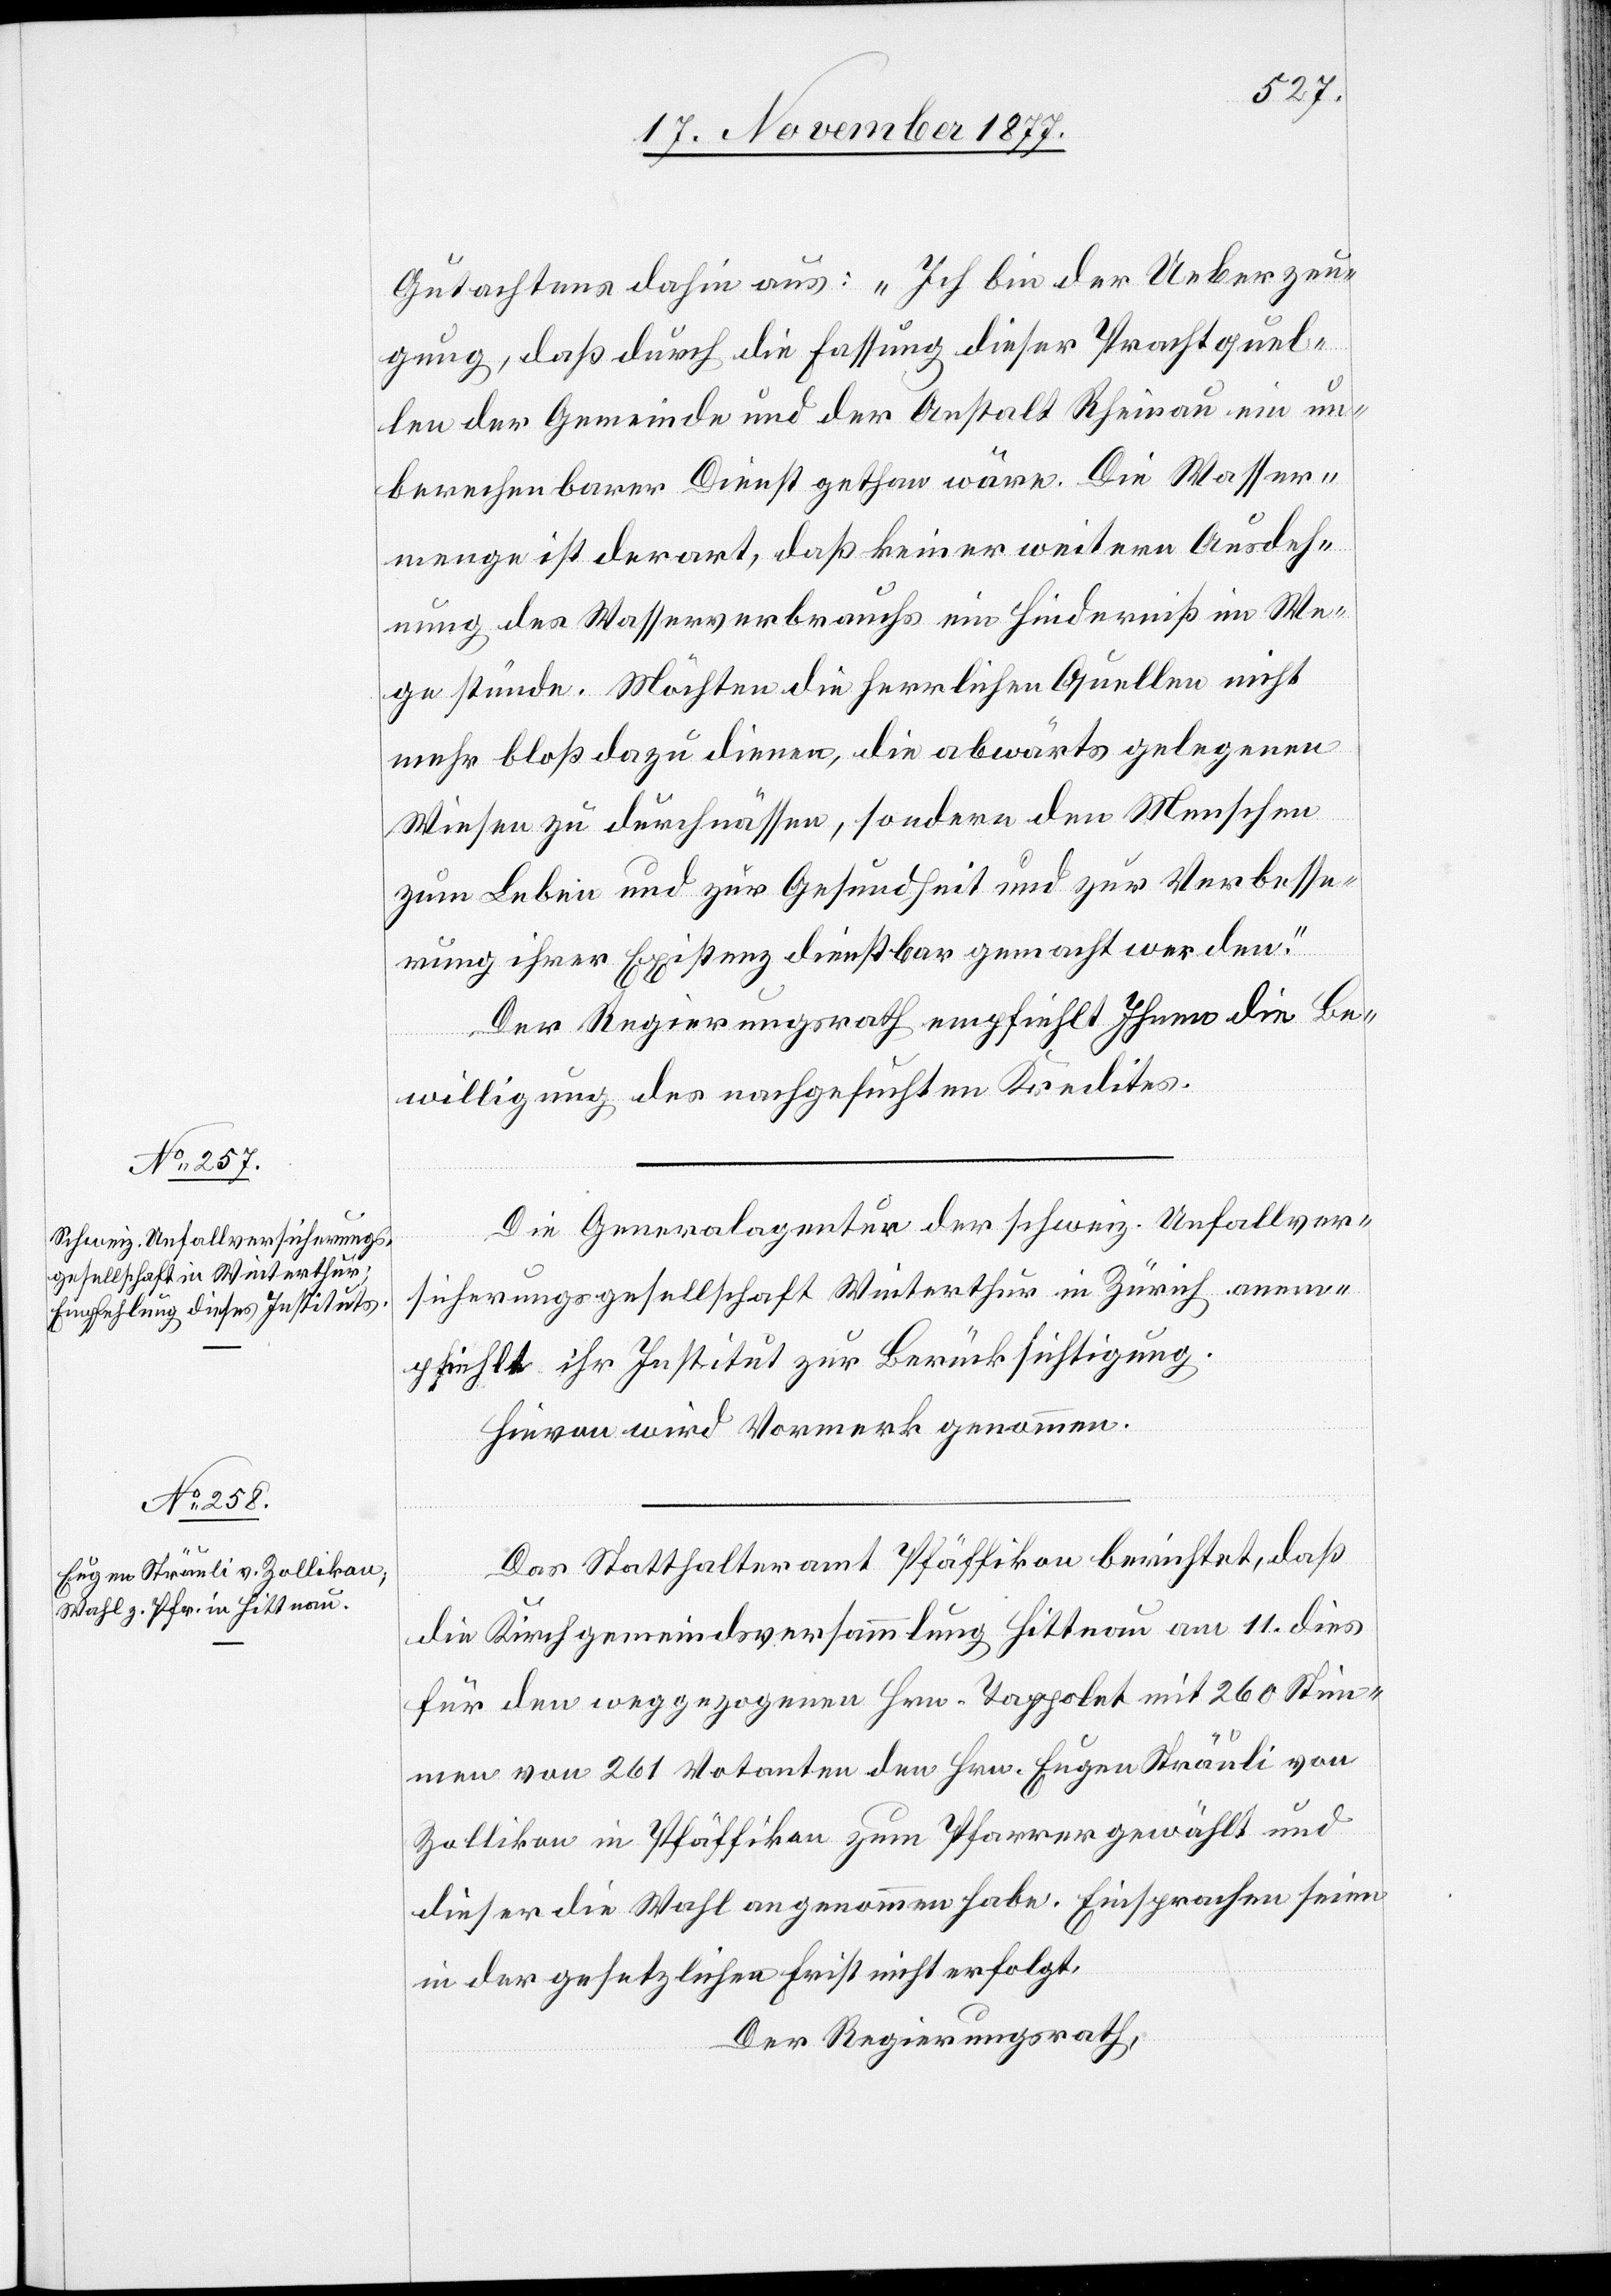
Gutachtens dahin aus: „Ich bin der Ueberzeu¬
gung, daß durch die Fassung dieser Prachtquel¬
len der Gemeinde und der Anstalt Rheinau ein un¬
berechenbarer Dienst gethan wäre. Die Wasser¬
menge ist derart, daß keiner weitern Ausdeh¬
nung des Wasserverbrauchs ein Hinderniß im We¬
ge stünde. Möchten die herrlichen Quellen nicht
mehr bloß dazu dienen, die abwärts gelegenen
Wiesen zu durchnässen, sondern den Menschen
zum Leben und zur Gesundheit und zur Verbesse¬
rung ihrer Existenz dienstbar gemacht werden.“
Der Regierungsrath empfiehlt Ihnen die Be¬
willigung des nachgesuchten Kredites.
Die Generalagentur der schweiz. Unfallver¬
sicherungsgesellschaft Winterthur in Zürich anem¬
pfiehlt ihr Institut zur Berücksichtigung.
Hievon wird Vormerk genommen.
Das Statthalteramt Pfäffikon berichtet, daß
die Kirchgemeindsversammlung Hittnau am 11. dies
für den weggezogenen Hrn. Tappolet mit 260 Stim¬
men von 261 Votanten den Hrn. Eugen Sträuli von
Zollikon in Pfäffikon zum Pfarrer gewählt und
dieser die Wahl angenommen habe. Einsprachen seien
in der gesetzlichen Frist nicht erfolgt.
Der Regierungsrath,